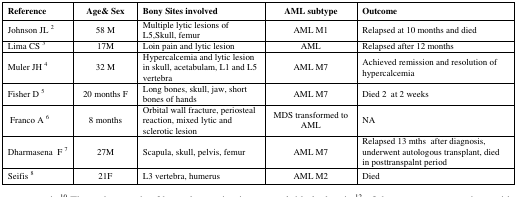
| Reference | Age& Sex | Bony Sites involved | AML subtype | Outcome |
 | --- | --- | --- | --- | --- |
 | Johnson JL 2 | 58 M | Multiple lytic lesions of L5, Skull, femur | AML M1 | Relapsed at 10 months and died |
 | Lima CS 3 | 17M | Loin pain and lytic lesion | AML | Relapsed after 12 months |
 | Muler JH 4 | 32 M | Hypercalcemia and lytic lesion in skull, acetabulam, L1 and L5 vertebra | AML M7 | Achieved remission and resolution of hypercalcemia |
 | Fisher D 5 | 20 months F | Long bones, skull, jaw, short bones of hands | AML M7 | Died 2 at 2 weeks |
 | Franco A 6 | 8 months | Orbital wall fracture, periosteal reaction, mixed lytic and sclerotic lesion | MDS transformed to AML | NA |
 | Dharmasena F 7 | 27M | Scapula, skull, pelvis, femur | AML M7 | Relapsed 13 mths after diagnosis, underwent autologous transplant, died in posttranspalnt period |
 | Seifis 8 | 21F | L3 vertebra, humerus | AML M2 | Died |